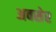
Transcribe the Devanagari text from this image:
अवसेर